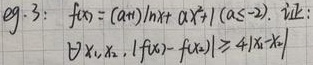
eg.3：\(f(x)=(a + 1)\ln x+ax^{2}+1\ (a\leq - 2)\). 证：
\(\forall x_1,x_2\), \(|f(x_1)-f(x_2)|\geq 4|x_1 - x_2|\)